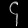
Digit: ၄